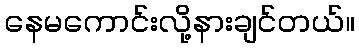
နေမကောင်းလို့နားချင်တယ်။